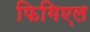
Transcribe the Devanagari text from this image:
फिगिएल